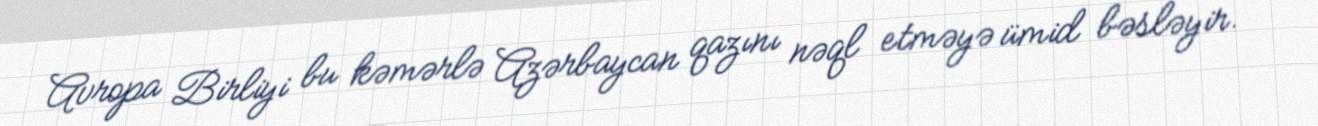
Avropa Birliyi bu kəmərlə Azərbaycan qazını nəql etməyə ümid bəsləyir.